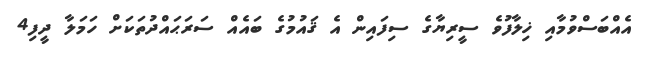
އެއްބަސްވުމާއި ޚިލާފުވެ ސީރިޔާގެ ސިފައިން އެ ޤައުމުގެ ބައެއް ސަރަޙައްދުތަކަށް ހަމަލާ ދީފި4